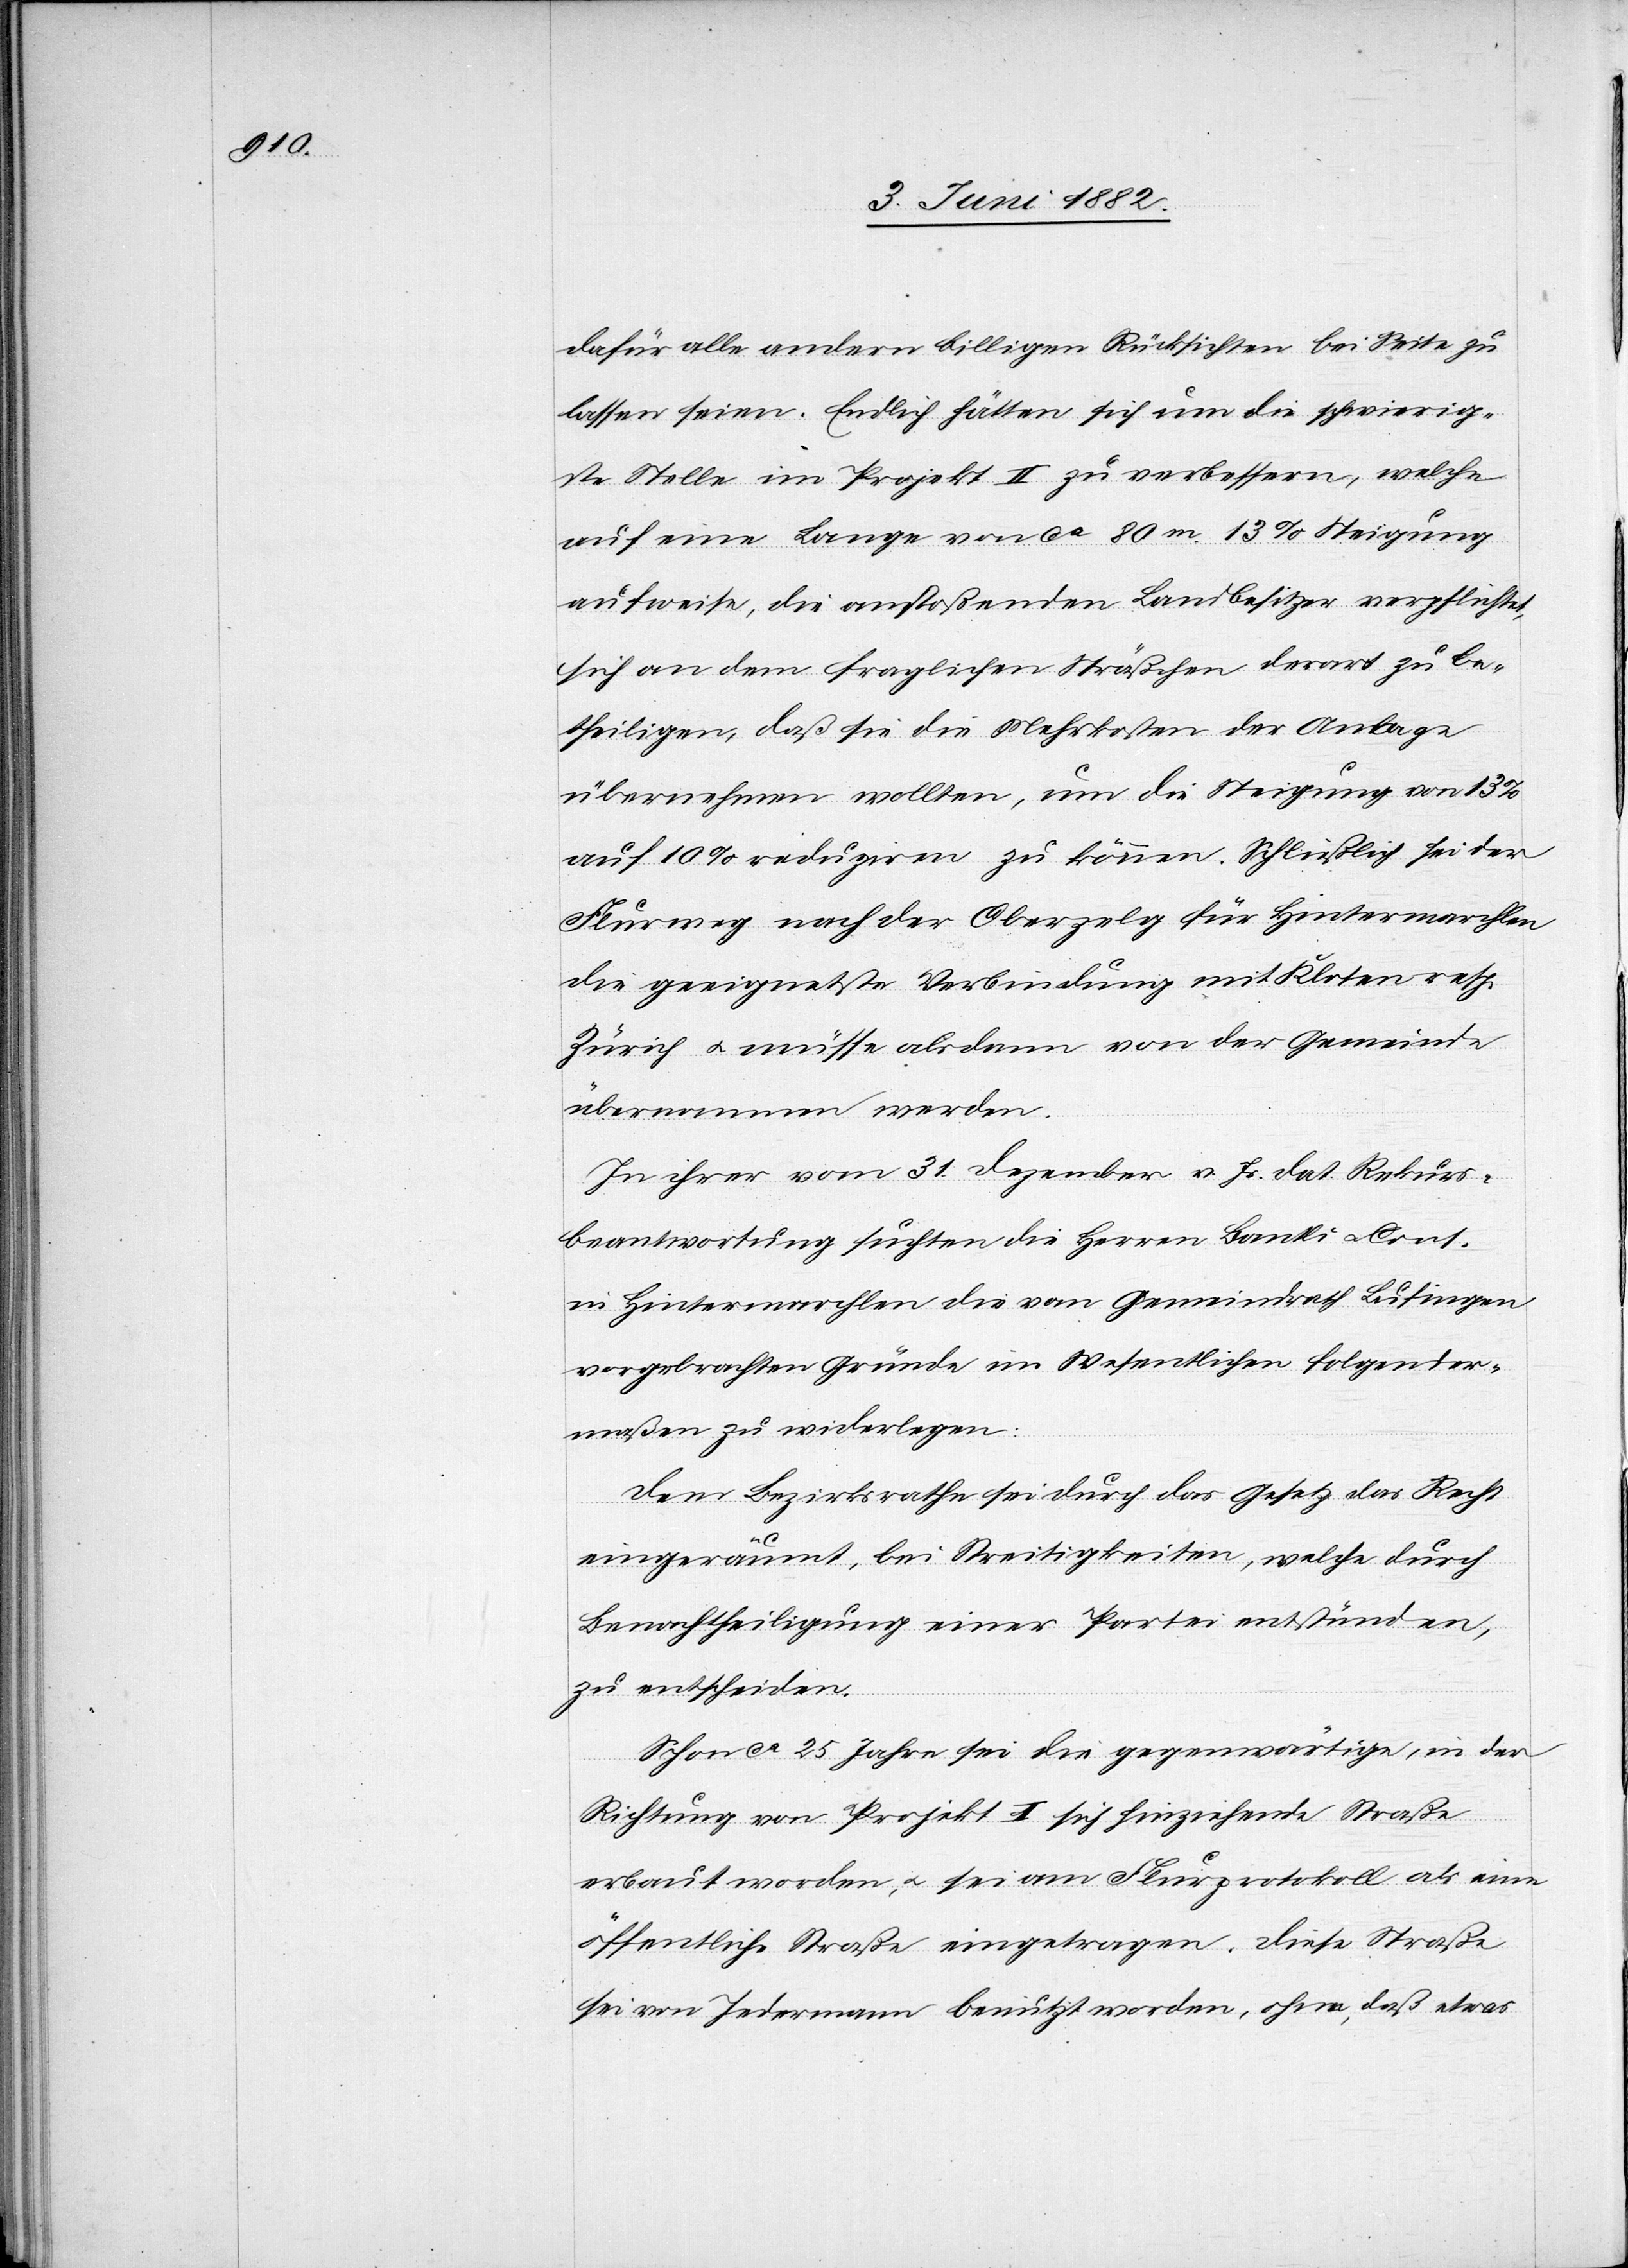
dafür alle andern billigen Rücksichten bei Seite zu
lassen seien. Endlich hätten sich um die schwierig¬
ste Stelle im Projekt II zu verbessern, welche
auf eine Länge von ca 80m 13% Steigung
aufweise, die anstoßenden Landbesitzer verpflichtet,
sich an dem fraglichen Sträßchen derart zu be¬
theiligen, daß sie die Mehrkosten der Anlage
übernehmen wollten, um die Steigung von 13%
auf 10% reduziren zu können. Schließlich sei der
Flurweg nach der Oberzelg für Hintermarchlen
die geeignetste Verbindung mit Kloten resp.
Zürich u. müsse alsdann von der Gemeinde
übernommen werden.
In ihrer vom 31. Dezember v. Js. dat. Rekurs¬
beantwortung suchten die Herren Bantli u. Cons.
in Hintermarchlen die vom Gemeindrath Lufingen
vorgebrachten Gründe im Wesentlichen folgender¬
maßen zu widerlegen:
Dem Bezirksrathe sei durch das Gesetz das Recht
eingeräumt, bei Streitigkeiten, welche durch
Benachtheiligung einer Partei entstünden,
zu entscheiden.
Schon ca 25 Jahre sei die gegenwärtige, in der
Richtung von Projekt I sich hinziehende Straße
erbaut worden [sic!], u. sei am Flurprotokoll als eine
öffentliche Straße eingetragen. Diese Straße
sei von Jedermann benutzt worden, ohne, daß etwas